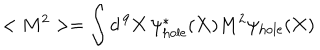
< M ^ { 2 } > = \int d ^ { \, 9 } { \bf X } \, \psi _ { \mathrm { h o l e } } ^ { * } ( { \bf X } ) M ^ { 2 } \psi _ { \mathrm { h o l e } } ( { \bf X } )